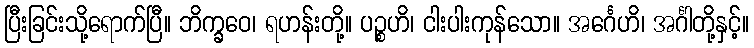
ပြီးခြင်းသို့ရောက်ပြီ။ ဘိက္ခဝေ၊ ရဟန်းတို့။ ပဉ္စဟိ၊ ငါးပါးကုန်သော။ အင်္ဂေဟိ၊ အင်္ဂါတို့နှင့်။